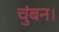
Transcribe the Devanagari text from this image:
चुंबन।